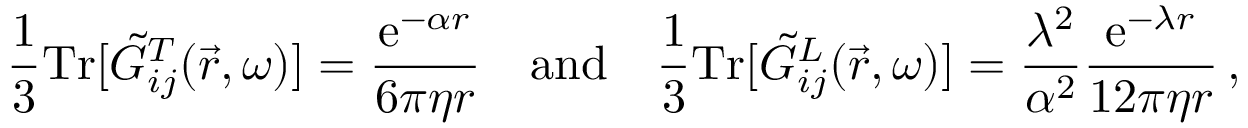
\frac { 1 } { 3 } \mathrm { T r } [ \Tilde { G } _ { i j } ^ { T } ( \vec { r } , \omega ) ] = \frac { \mathrm { e } ^ { - \alpha r } } { 6 \pi \eta r } \quad \mathrm { a n d } \quad \frac { 1 } { 3 } \mathrm { T r } [ \Tilde { G } _ { i j } ^ { L } ( \vec { r } , \omega ) ] = \frac { \lambda ^ { 2 } } { \alpha ^ { 2 } } \frac { \mathrm { e } ^ { - \lambda r } } { 1 2 \pi \eta r } \, ,